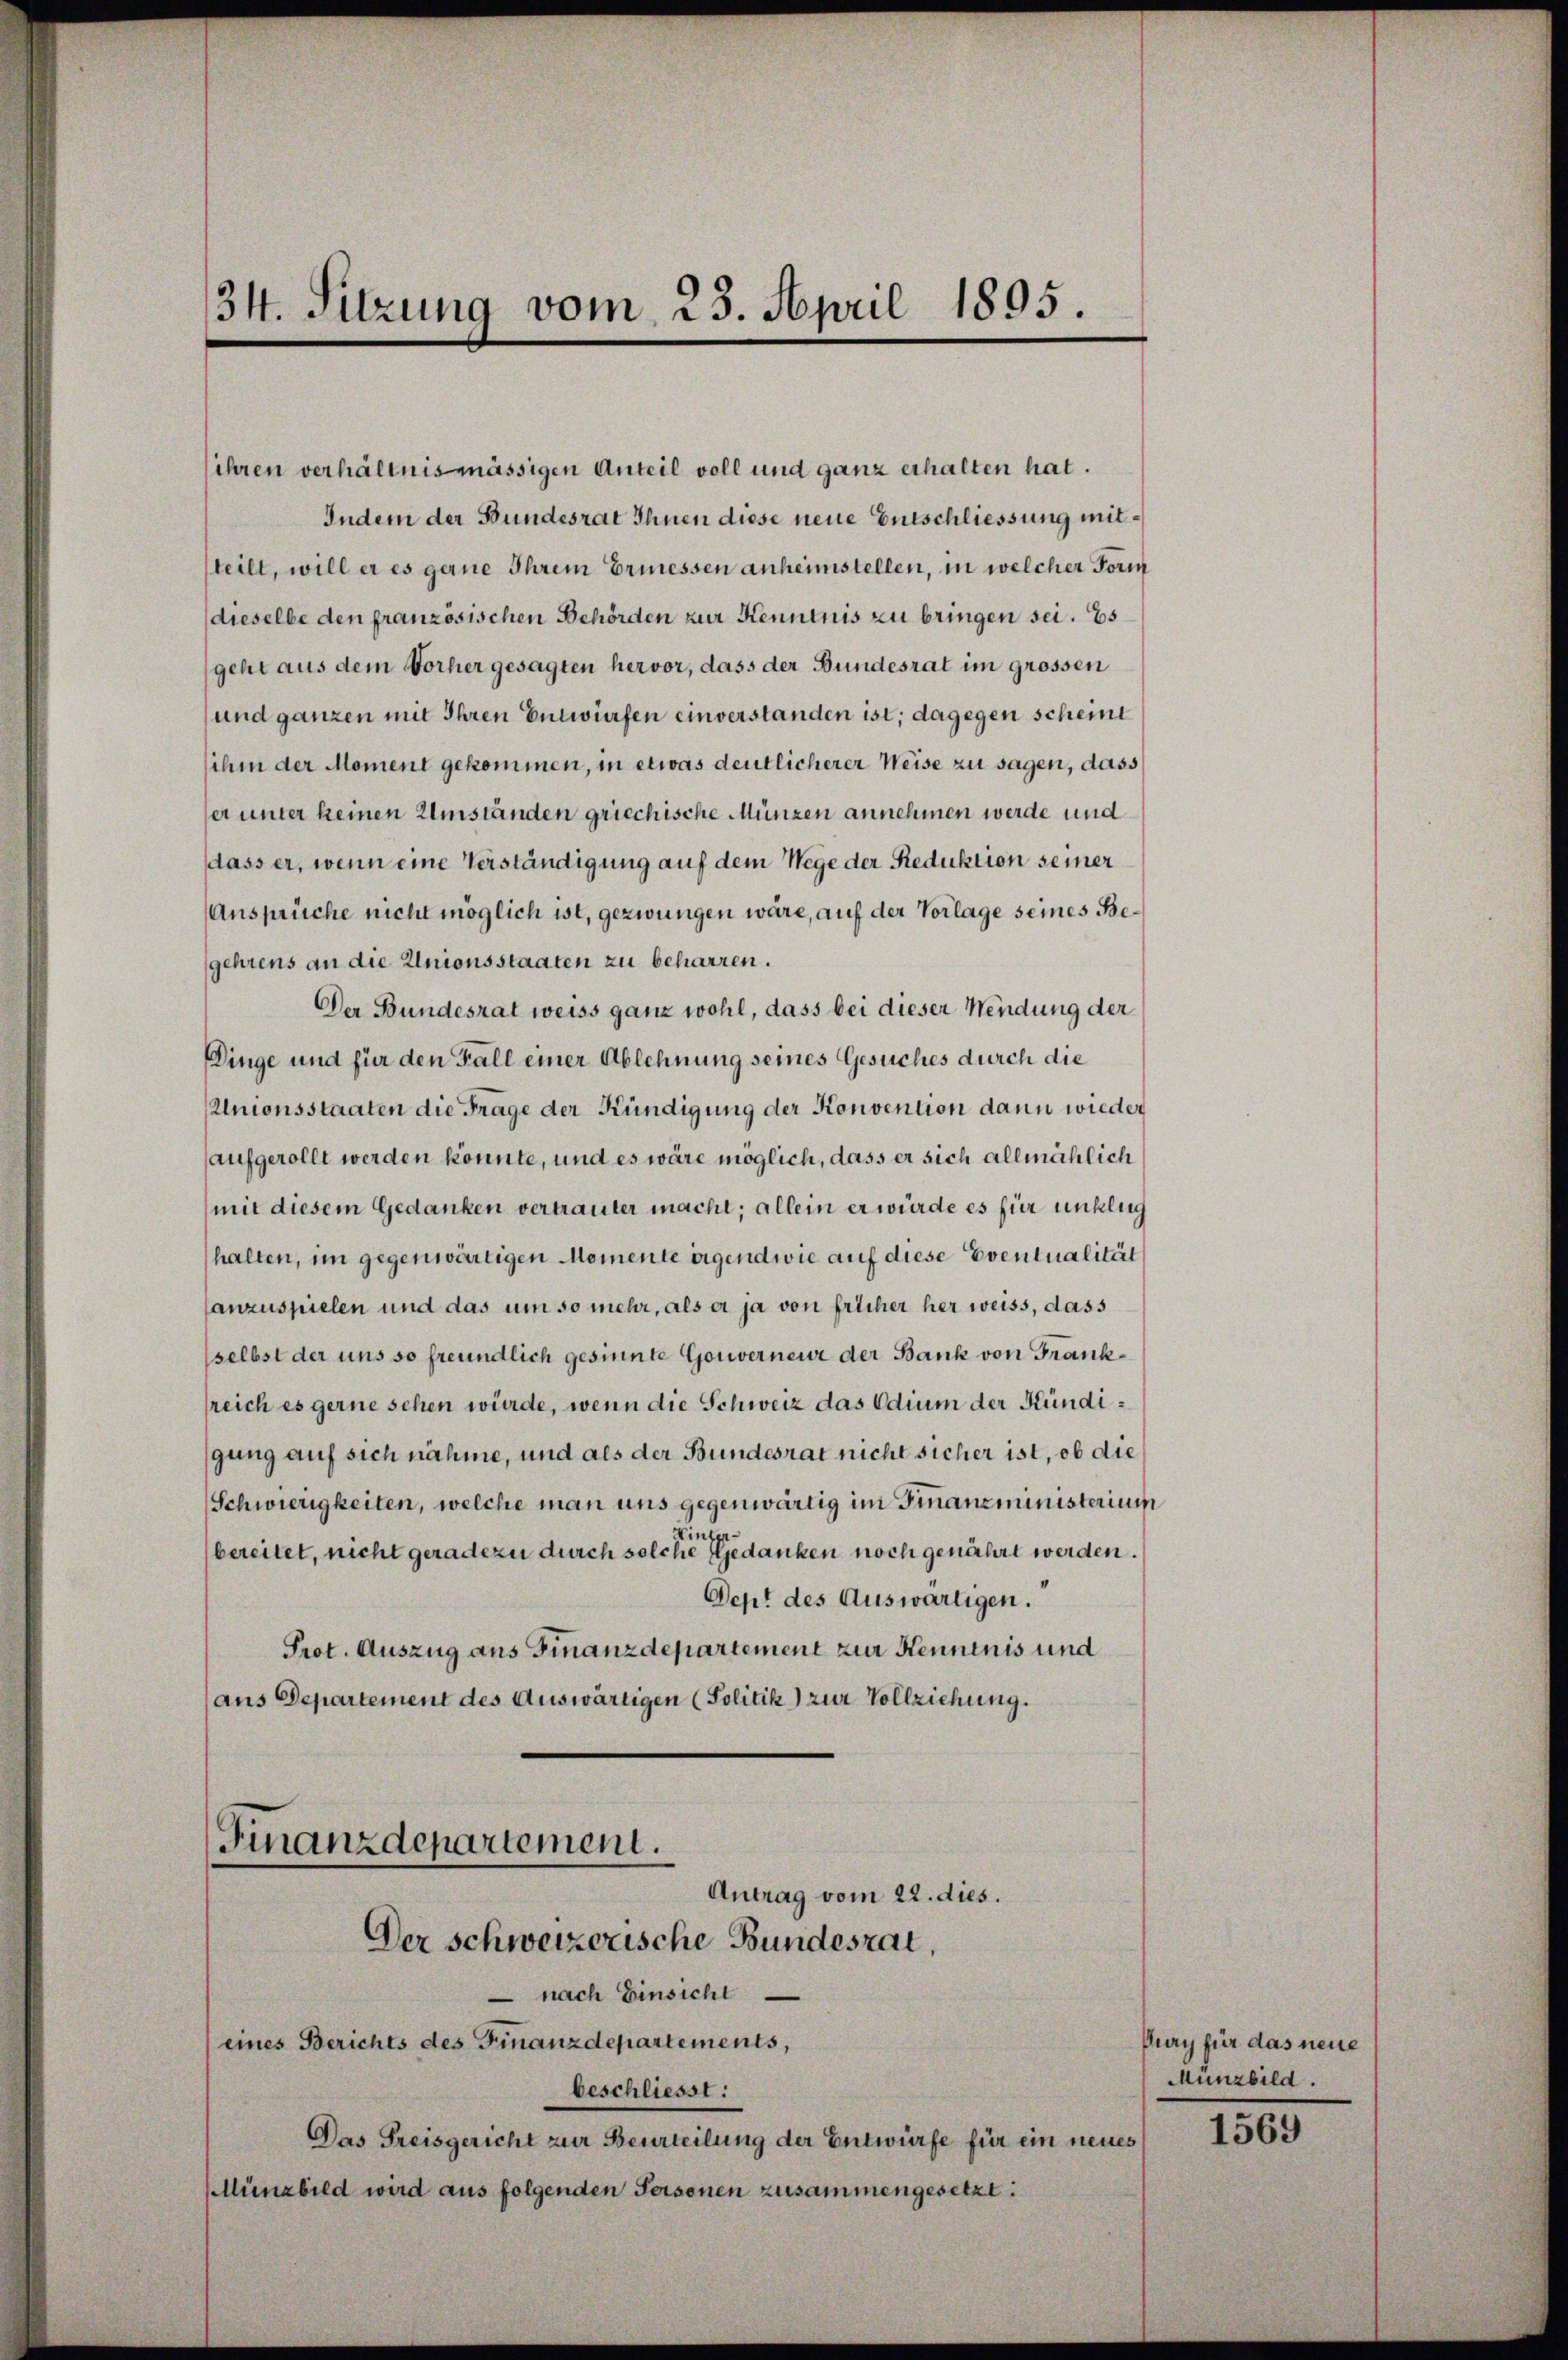
34. Sitzung vom 25. April 1895.

ihren verhältnismässigen Anteil voll und ganz erhalten hat.
Indem der Bundesrat Ihnen diese neue Entschliessung mitteilt, will er es gerne Ihrem Ermessen anheimstellen, in welcher Form
dieselbe den französischen Behörden zur Kenntnis zu bringen sei. Es
geht aus dem Vorher gesagten hervor, dass der Bundesrat im grossen
und ganzen mit Ihren Entwürfen einverstanden ist; dagegen scheint
sihm der Moment gekommen, in etwas deutlicherer Weise zu sagen, dass
er unter keinen Umständen griechische Münzen annehmen werde und
dass er, wenn eine Verständigung auf dem Wege der Reduktion seiner
Ansprüche nicht möglich ist, gezwungen wäre, auf der Vorlage seines Begehrens an die Unionsstaaten zu beharren.
Der Bundesrat weiss ganz wohl, dass bei dieser Wendung der
Dinge und für den Fall einer Ablehnung seines Gesuches durch die
Unionsstaaten die Frage der Kündigung der Konvention dann wieder
aufgerollt werden könnte, und es wäre möglich, dass er sich allmählich
(mit diesem Gedanken vertrauter macht; allein er würde es für unklug
halten, im gegenwärtigen Memente eigendwie auf diese Eventualität
lanzuspielen und das um so mehr, als er ja von fricher her weiss, dass
selbst der uns so freundlich gesinnte Gouverneur der Bank von Franksreich es gerne sehen würde, wenn die Schweiz das Edium der Kündigung auf sich nähme, und als der Bundesrat nicht sicher ist, ob die
Schwierigkeiten, welche man uns gegenwärtig im Finanzministerium
Hinter-
bereitet, nicht geradezu durch solche Gedanken noch genährt werden.
Dept des Auswärtigen.
Prot. Auszug aus Finanzdepartement zur Kenntnis und
(aus Departement des Auswärtigen (Politik) zur Vollziehung.
Finanzdepartement.
Antrag vom 22. dies.
Der schweizerische Bundesrat,
 nach Einsicht
(eines Berichts des Finanzdepartements,
beschliesst:
Das Preisgericht zur Beurteilung der Entwürfe für ein neues 1569
Münzbild wird aus folgenden Personen zusammengesetzt.

Pury für das neue
Münzbild.